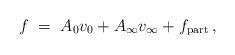
LaTeX: \begin{align*} f\;=\;A_0v_0+A_\infty v_\infty+f_\mathrm{part}\,,\end{align*}